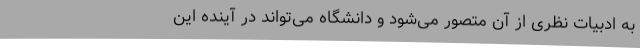
به ادبیات نظری از آن متصور می‌شود و دانشگاه می‌تواند در آینده این